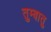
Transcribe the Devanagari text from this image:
तुम्बातु